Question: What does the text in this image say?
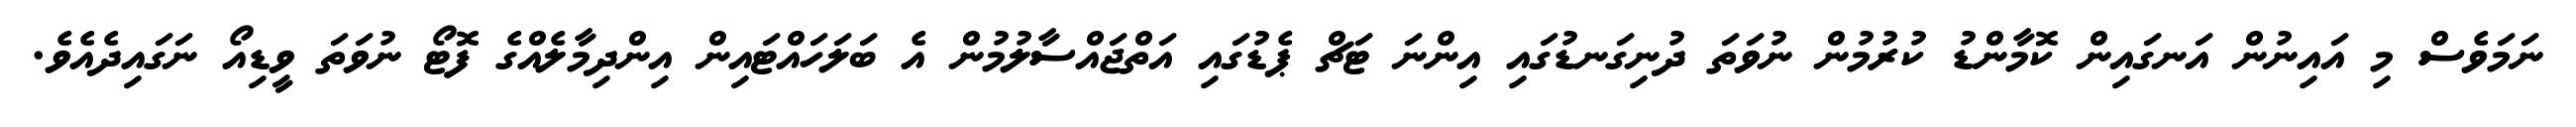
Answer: ނަމަވެސް މި އައިނުން އަނގައިން ކޮމާންޑު ކުރުމުން ނުވަތަ ދުނިގަނޑުގައި އިންނަ ޓަޗް ޕެޑުގައި އަތްޖައްސާލުމުން އެ ބަލަހައްޓައިން އިންދިމާލެއްގެ ފޮޓޯ ނުވަތަ ވީޑިއޯ ނަގައިދެއެވެ.